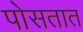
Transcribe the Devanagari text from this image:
पोसतात